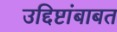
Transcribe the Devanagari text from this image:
उद्दिष्टांबाबत